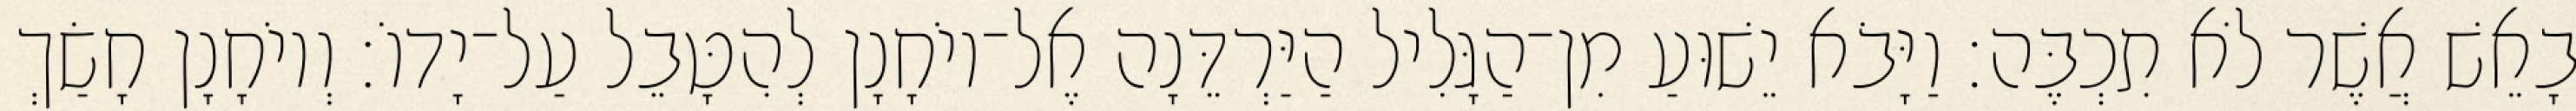
בָאֵשׁ אֲשֶׁר לֹא תִכְבֶּה׃ וַיָּבֹא יֵשׁוּעַ מִן־הַגָּלִיל הַיַּרְדֵּנָה אֶל־יוֹחָנָן לְהִטָּבֵל עַל־יָדוֹ׃ וְיוֹחָנָן חָשַׂךְ